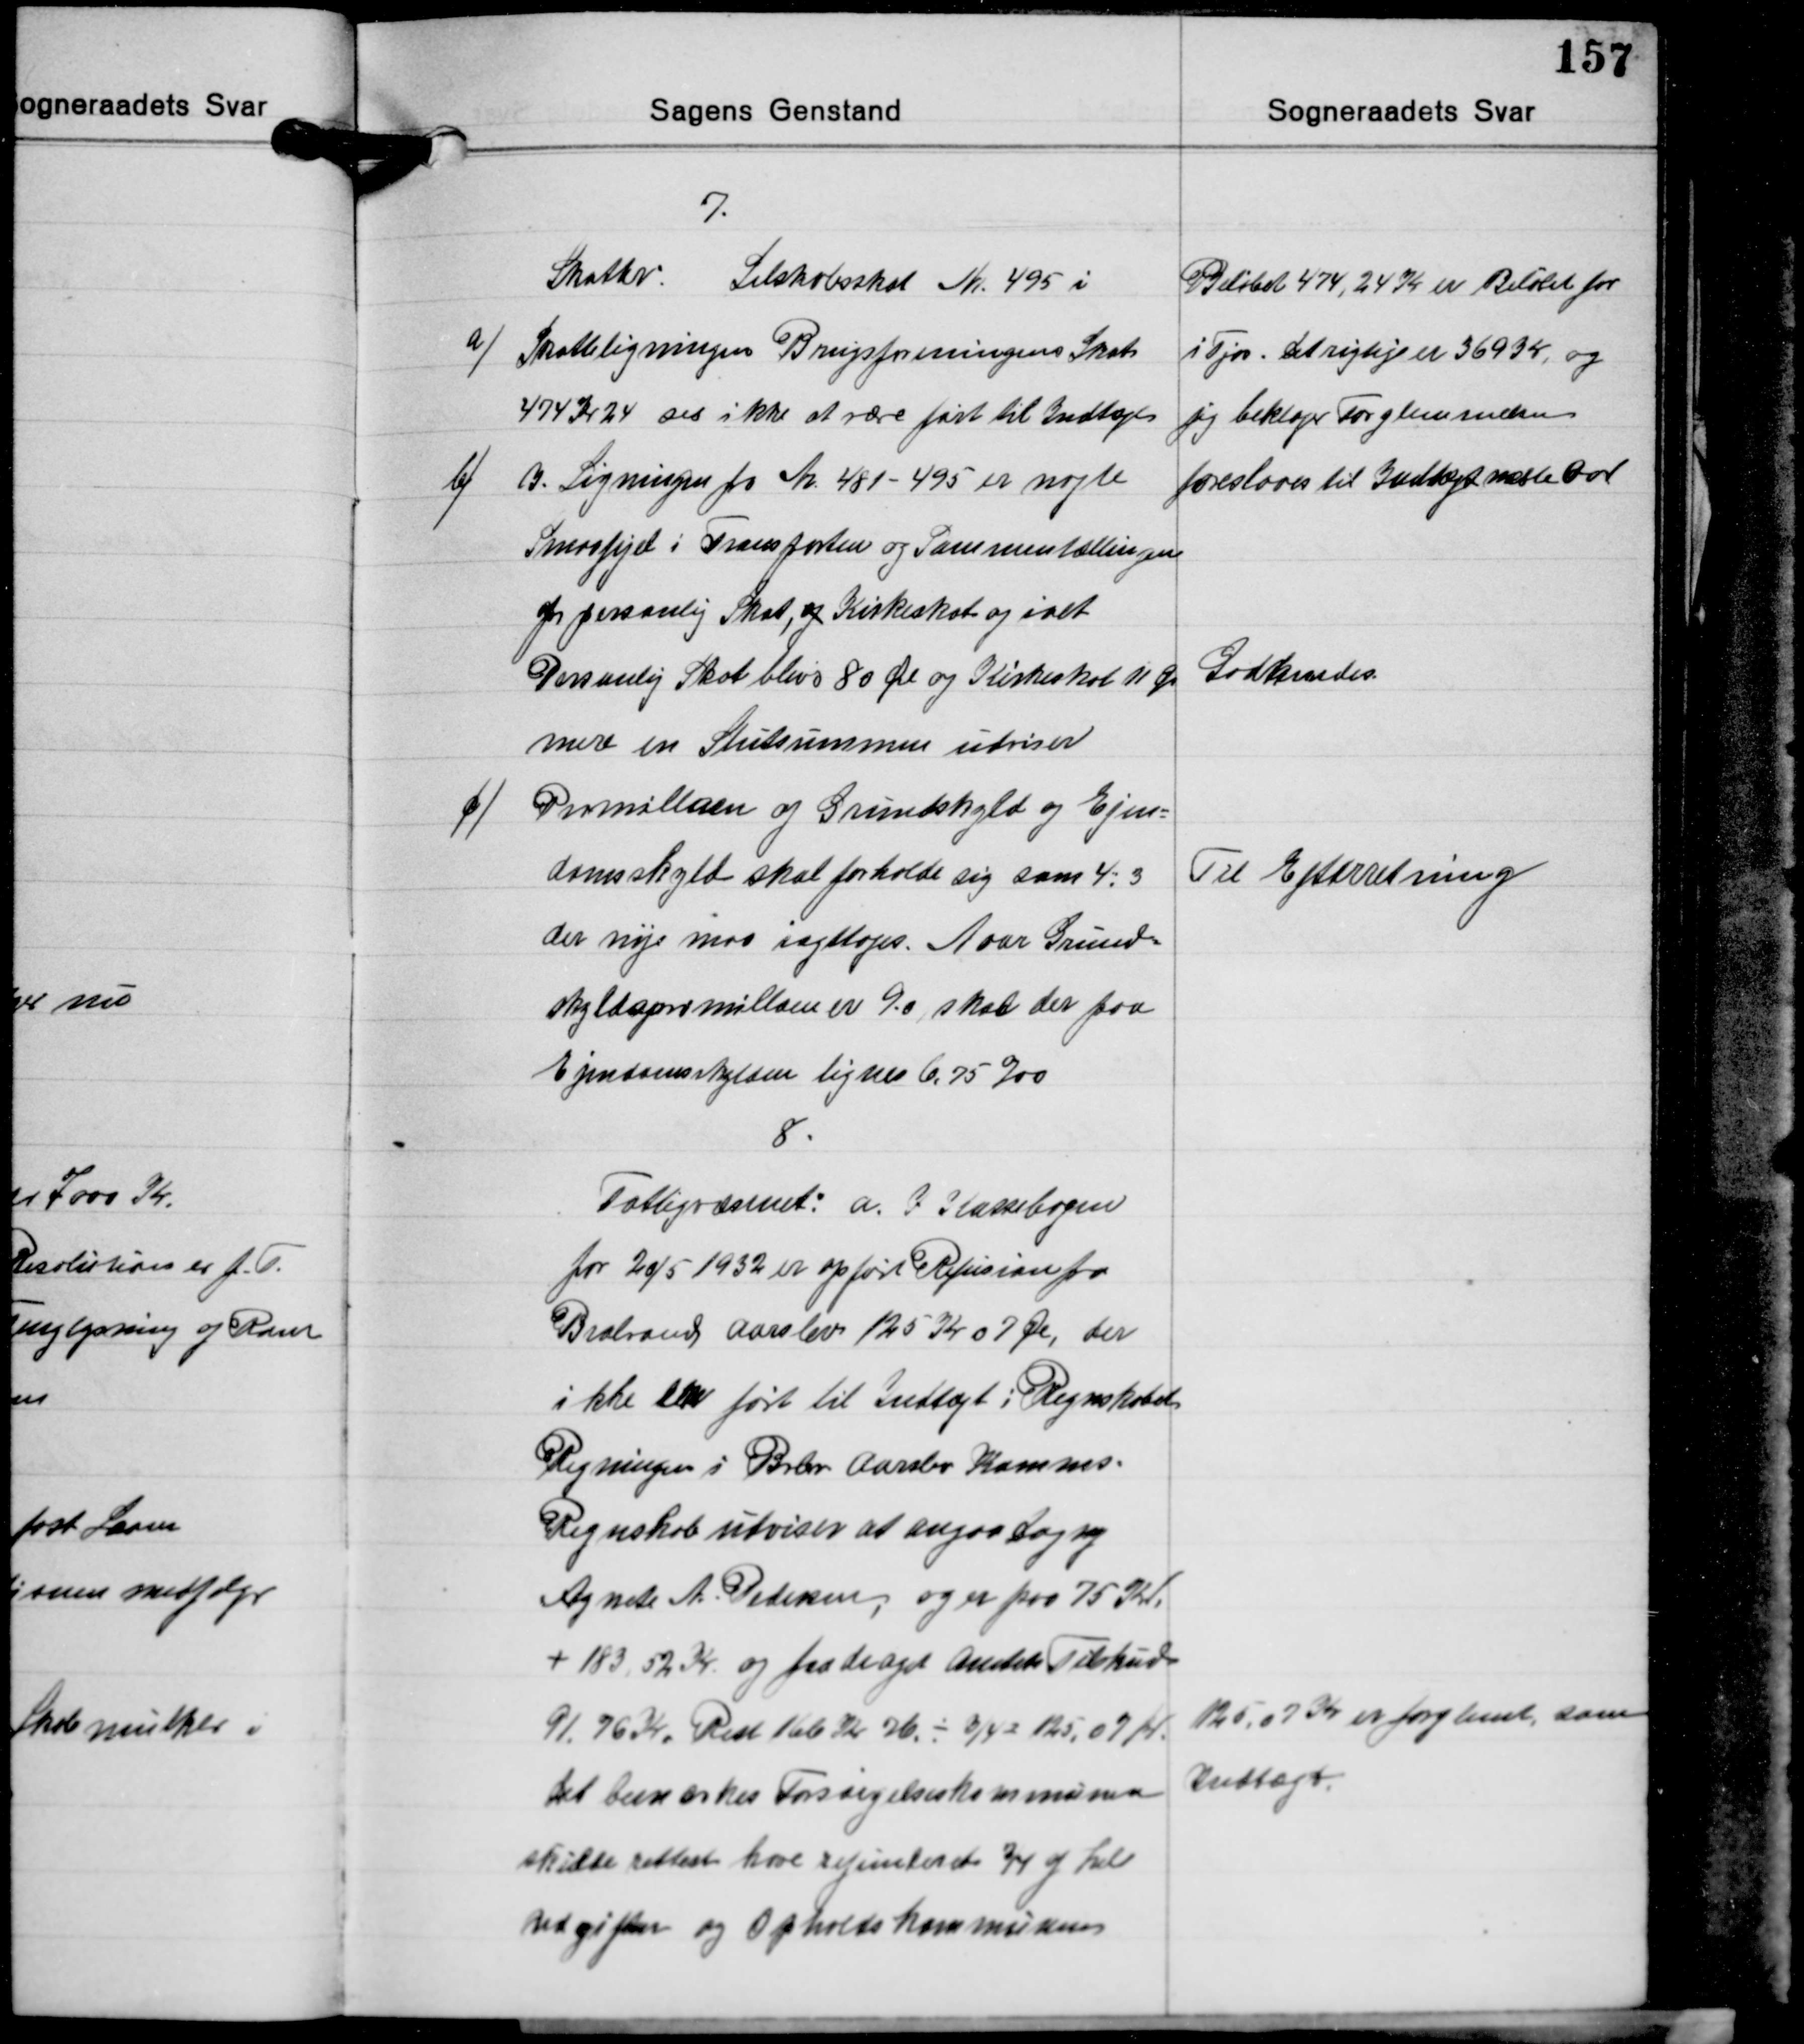
Transskription:
7.
Skatter
Selskabsskat Nr. 495 i

a/ Skatteligningen Brugsforeningens Skat
474 Kr. 24 ses ikke at være ført til Indtæger

Beløbet 474, 24 Kr. er Beløbet for
i Fjor. Det rigtige er 369,34, og
jeg beklager Forglemmelsen
foreslaaes til Indtægt næste Aar

b/ I Ligningen fra Nr. 481-495 er nogle
Smaafejel i Transporten og Sammentællingen
for personlig Skat, og Kirkeskat og ialt
Personlig Skat bliver 80 Øre og Kirkeskat 11 Øre
mere en Slutsummen udviser

Godkendes.

c/ Promillaen og Grundskyld og Ejen-
domsskyld skal forholde sig som 4-3
der nøje maa iagttages. Naar Grund-
skyldspromillaen er 9.0 skal der paa
Ejendomsskylden lignes 6,75 ‰

Til Efterretning

8.
Fattigvæsenet: a. I Kassebogen
for 20/5 1932 er opført Refusion fra
Brabrand Aarslev 125 Kr. 07 Øre, der
ikke er ført til Indtægt i Regnskabet
Regningen i Brabrand Aarslev Komnes
Regnskab udviser at angaa Dagny
Agnete M. Pedersen, og er paa 75 Kr.
+ 183,52 Kr. og fradraget Amtets Tilskud
91.76 Kr. Rest 166 Kr. 76 ÷ 3/4 = 125,09 Kr.
det bemærkes Forsørgelseskommunen
skulde rettest have refunderet 3/4 af hele
udgiften og Opholdskommunens

125.07 Kr. er forglemt, som
Indtægt.